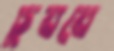
চুববে